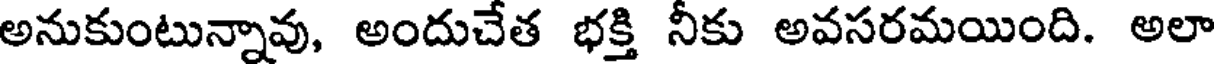
అనుకుంటున్నావు, అందుచేత భక్తి నీకు అవసరమయింది. అలా